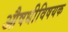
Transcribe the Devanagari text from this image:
औषधीविषयक